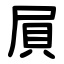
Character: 屓